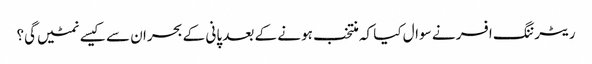
ریٹرننگ افسر نے سوال کیا کہ منتخب ہونے کے بعد پانی کے بحران سے کیسے نمٹیں گی؟